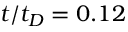
t / t _ { D } = 0 . 1 2